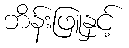
ဘိန်းဖြူနှင့်